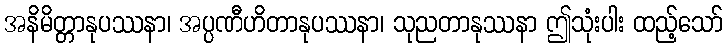
အနိမိတ္တာနုပဿနာ၊ အပ္ပဏီဟိတာနုပဿနာ၊ သုညတာနုဿနာ ဤသုံးပါး ထည့်သော်